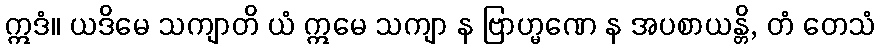
ဣဒံ။ ယဒိမေ သကျာတိ ယံ ဣမေ သကျာ န ဗြာဟ္မဏေ န အပစာယန္တိ, တံ တေသံ